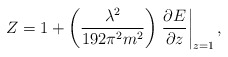
\begin{align*}Z=1+\left( \frac{\lambda ^2}{192\pi ^2m^2}\right) \left. \frac{\partial E}{\partial z}\right| _{z=1}, \end{align*}